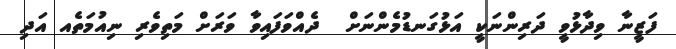
ފަޒީނާ ވިދާޅުވީ ދަރިންނަކީ އަޅުގަނޑުމެންނަށް  ދެއްވަފައިވާ ވަރަށް މަތިވެރި ނިއުމަތެއ އަދި